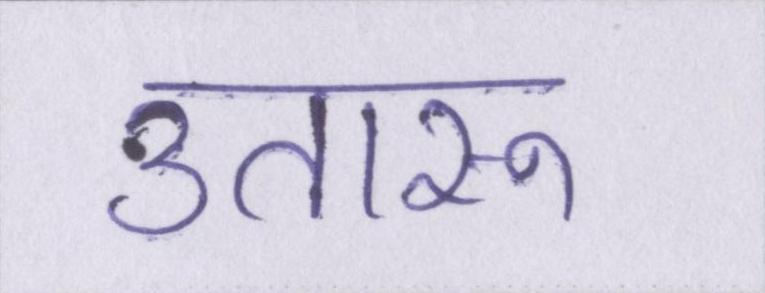
उतारू